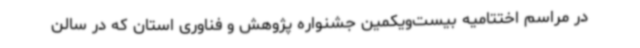
در مراسم اختتامیه بیست‌ویکمین جشنواره پژوهش و فناوری استان که در سالن